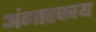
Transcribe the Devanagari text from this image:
अंगारकाय